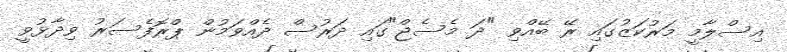
އިސްލާމީ މަރުކަޒުގައި ރޭ ބޭއްވި "ދަ މެސެޖް"ގައި ދަރުސް ދެއްވަމުން ޕްރޮފެސަރު ވިދާޅުވީ